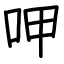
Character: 呷